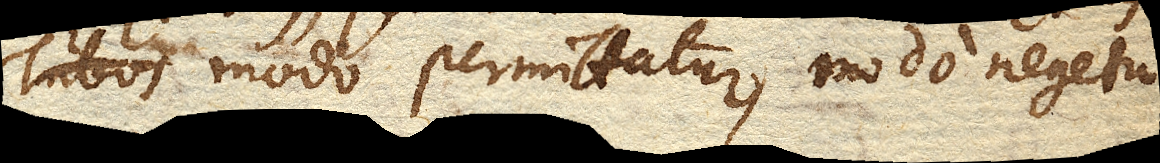
modo permittatur, modo negetur.